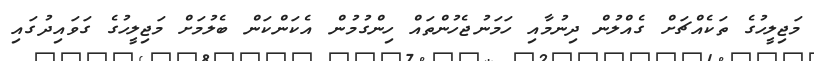
މަޖިލީހުގެ ތަކެއްޗަށް ގެއްލުން ދިނުމާއި ހަމަނުޖެހުންތައް ހިންގުމުން އެކަންކަން ބެލުމަށް މަޖިލީހުގެ ގަވައިދުގައި